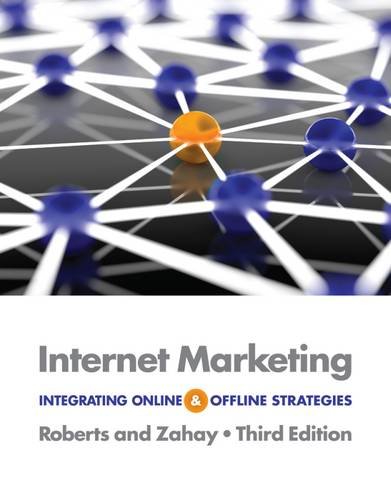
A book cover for Internet Marketing: Integrating Online and Offline Strategies; Mary Lou Roberts; Computers & Technology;